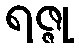
ရဇ္ဇု